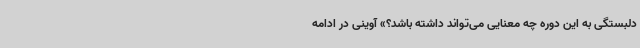
دلبستگی به این دوره چه معنایی می‌تواند داشته باشد؟» آوینی در ادامه